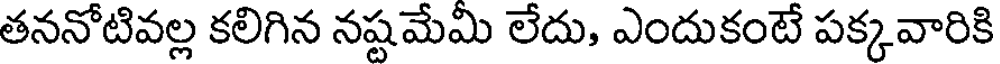
తననోటివల్ల కలిగిన నష్టమేమి లేదు, ఎందుకంటే పక్కవారికి